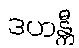
ဒဟန္တီ